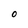
Character: O